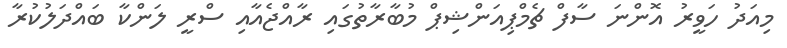
މިއަދު ހަވީރު އޮންނަ ސާފް ޗެމްޕިއަންޝިޕް މުބާރާތުގައި ރާއްޖެއާއި ސްރީ ލަންކާ ބައްދަލުކުރާ